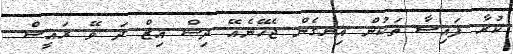
ކުރާ ފައިސާ ތަކުން އިނގެން ޖެހޭނެއޭ ދިސް އިޒް ދަ ވޭ ރައީސް